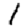
Digit: 1